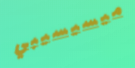
ميسيسيبي